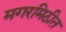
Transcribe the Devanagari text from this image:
मगरमिठीत